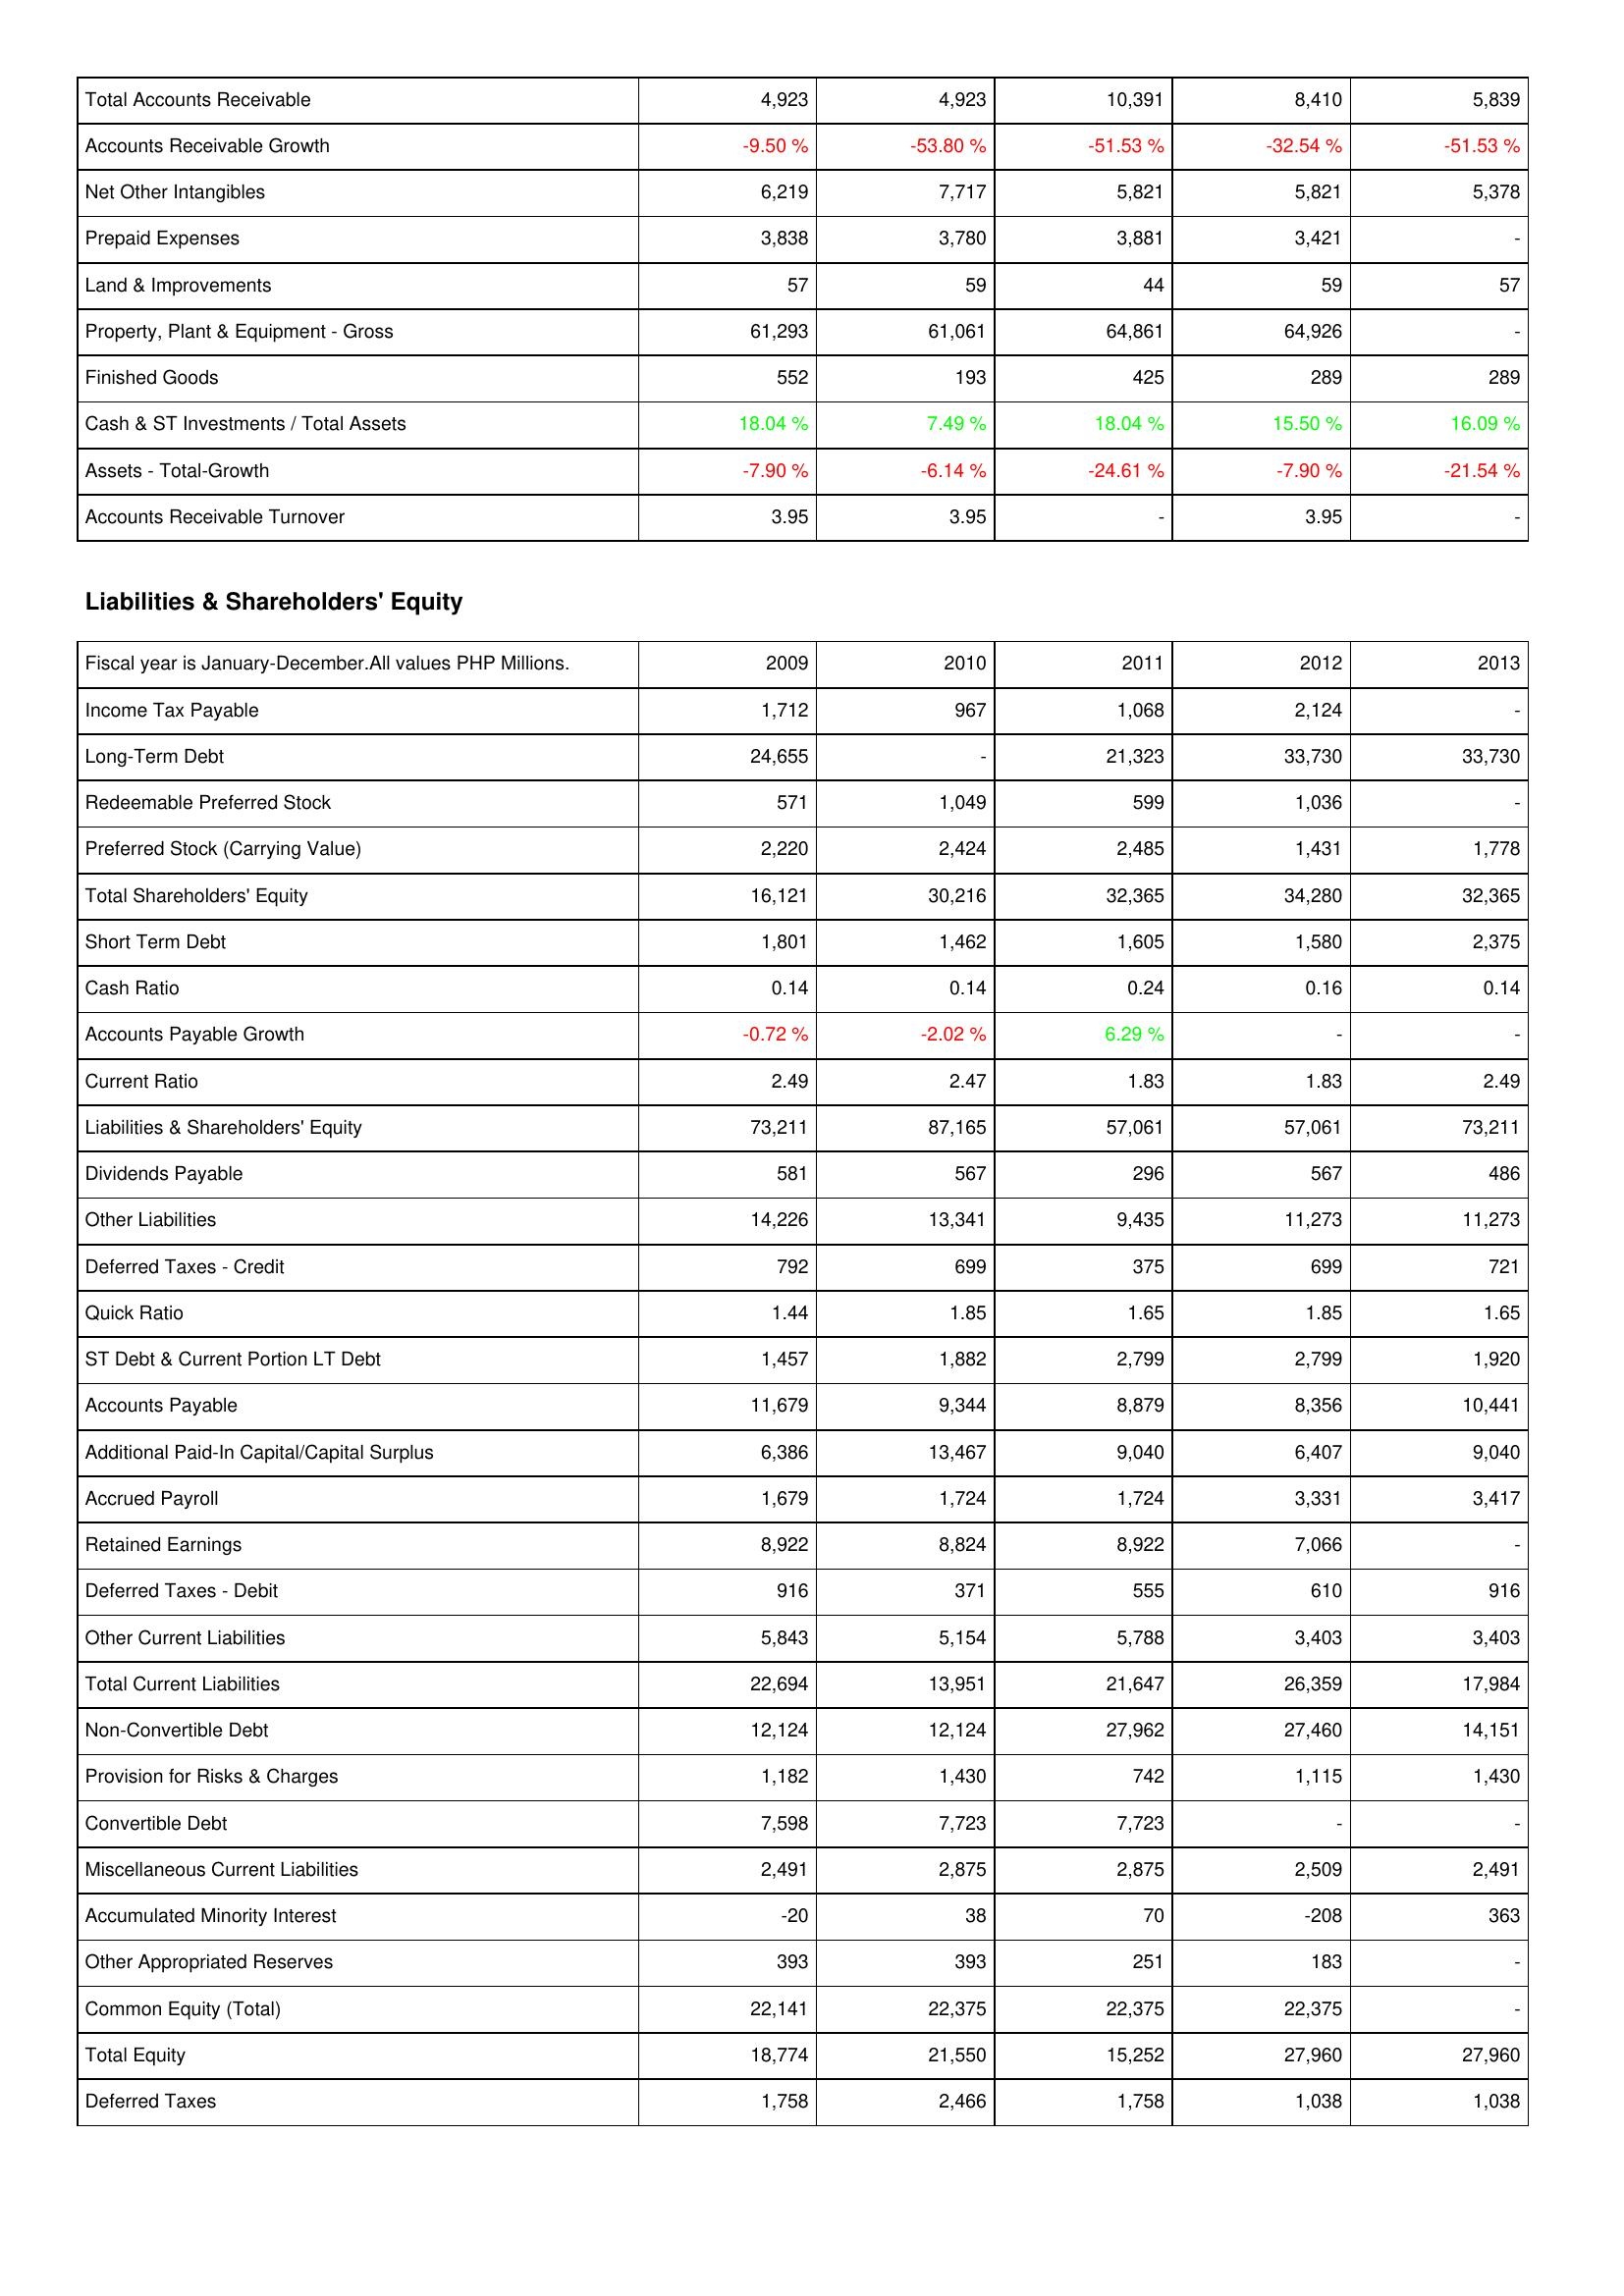
2009: Assets: Total Accounts Receivable: 4,923
Accounts Receivable Growth: -9.50 %
Net Other Intangibles: 6,219
Prepaid Expenses: 3,838
Land & Improvements: 57
Property, Plant & Equipment - Gross: 61,293
Finished Goods: 552
Cash & ST Investments / Total Assets: 18.04 %
Assets - Total-Growth: -7.90 %
Accounts Receivable Turnover: 3.95
Liabilities & Shareholders' Equity: Income Tax Payable: 1,712
Long-Term Debt: 24,655
Redeemable Preferred Stock: 571
Preferred Stock (Carrying Value): 2,220
Total Shareholders' Equity: 16,121
Short Term Debt: 1,801
Cash Ratio: 0.14
Accounts Payable Growth: -0.72 %
Current Ratio: 2.49
Liabilities & Shareholders' Equity: 73,211
Dividends Payable: 581
Other Liabilities: 14,226
Deferred Taxes - Credit: 792
Quick Ratio: 1.44
ST Debt & Current Portion LT Debt: 1,457
Accounts Payable: 11,679
Additional Paid-In Capital/Capital Surplus: 6,386
Accrued Payroll: 1,679
Retained Earnings: 8,922
Deferred Taxes - Debit: 916
Other Current Liabilities: 5,843
Total Current Liabilities: 22,694
Non-Convertible Debt: 12,124
Provision for Risks & Charges: 1,182
Convertible Debt: 7,598
Miscellaneous Current Liabilities: 2,491
Accumulated Minority Interest: -20
Other Appropriated Reserves: 393
Common Equity (Total): 22,141
Total Equity: 18,774
Deferred Taxes: 1,758
2010: Assets: Total Accounts Receivable: 4,923
Accounts Receivable Growth: -53.80 %
Net Other Intangibles: 7,717
Prepaid Expenses: 3,780
Land & Improvements: 59
Property, Plant & Equipment - Gross: 61,061
Finished Goods: 193
Cash & ST Investments / Total Assets: 7.49 %
Assets - Total-Growth: -6.14 %
Accounts Receivable Turnover: 3.95
Liabilities & Shareholders' Equity: Income Tax Payable: 967
Long-Term Debt: -
Redeemable Preferred Stock: 1,049
Preferred Stock (Carrying Value): 2,424
Total Shareholders' Equity: 30,216
Short Term Debt: 1,462
Cash Ratio: 0.14
Accounts Payable Growth: -2.02 %
Current Ratio: 2.47
Liabilities & Shareholders' Equity: 87,165
Dividends Payable: 567
Other Liabilities: 13,341
Deferred Taxes - Credit: 699
Quick Ratio: 1.85
ST Debt & Current Portion LT Debt: 1,882
Accounts Payable: 9,344
Additional Paid-In Capital/Capital Surplus: 13,467
Accrued Payroll: 1,724
Retained Earnings: 8,824
Deferred Taxes - Debit: 371
Other Current Liabilities: 5,154
Total Current Liabilities: 13,951
Non-Convertible Debt: 12,124
Provision for Risks & Charges: 1,430
Convertible Debt: 7,723
Miscellaneous Current Liabilities: 2,875
Accumulated Minority Interest: 38
Other Appropriated Reserves: 393
Common Equity (Total): 22,375
Total Equity: 21,550
Deferred Taxes: 2,466
2011: Assets: Total Accounts Receivable: 10,391
Accounts Receivable Growth: -51.53 %
Net Other Intangibles: 5,821
Prepaid Expenses: 3,881
Land & Improvements: 44
Property, Plant & Equipment - Gross: 64,861
Finished Goods: 425
Cash & ST Investments / Total Assets: 18.04 %
Assets - Total-Growth: -24.61 %
Accounts Receivable Turnover: -
Liabilities & Shareholders' Equity: Income Tax Payable: 1,068
Long-Term Debt: 21,323
Redeemable Preferred Stock: 599
Preferred Stock (Carrying Value): 2,485
Total Shareholders' Equity: 32,365
Short Term Debt: 1,605
Cash Ratio: 0.24
Accounts Payable Growth: 6.29 %
Current Ratio: 1.83
Liabilities & Shareholders' Equity: 57,061
Dividends Payable: 296
Other Liabilities: 9,435
Deferred Taxes - Credit: 375
Quick Ratio: 1.65
ST Debt & Current Portion LT Debt: 2,799
Accounts Payable: 8,879
Additional Paid-In Capital/Capital Surplus: 9,040
Accrued Payroll: 1,724
Retained Earnings: 8,922
Deferred Taxes - Debit: 555
Other Current Liabilities: 5,788
Total Current Liabilities: 21,647
Non-Convertible Debt: 27,962
Provision for Risks & Charges: 742
Convertible Debt: 7,723
Miscellaneous Current Liabilities: 2,875
Accumulated Minority Interest: 70
Other Appropriated Reserves: 251
Common Equity (Total): 22,375
Total Equity: 15,252
Deferred Taxes: 1,758
2012: Assets: Total Accounts Receivable: 8,410
Accounts Receivable Growth: -32.54 %
Net Other Intangibles: 5,821
Prepaid Expenses: 3,421
Land & Improvements: 59
Property, Plant & Equipment - Gross: 64,926
Finished Goods: 289
Cash & ST Investments / Total Assets: 15.50 %
Assets - Total-Growth: -7.90 %
Accounts Receivable Turnover: 3.95
Liabilities & Shareholders' Equity: Income Tax Payable: 2,124
Long-Term Debt: 33,730
Redeemable Preferred Stock: 1,036
Preferred Stock (Carrying Value): 1,431
Total Shareholders' Equity: 34,280
Short Term Debt: 1,580
Cash Ratio: 0.16
Accounts Payable Growth: -
Current Ratio: 1.83
Liabilities & Shareholders' Equity: 57,061
Dividends Payable: 567
Other Liabilities: 11,273
Deferred Taxes - Credit: 699
Quick Ratio: 1.85
ST Debt & Current Portion LT Debt: 2,799
Accounts Payable: 8,356
Additional Paid-In Capital/Capital Surplus: 6,407
Accrued Payroll: 3,331
Retained Earnings: 7,066
Deferred Taxes - Debit: 610
Other Current Liabilities: 3,403
Total Current Liabilities: 26,359
Non-Convertible Debt: 27,460
Provision for Risks & Charges: 1,115
Convertible Debt: -
Miscellaneous Current Liabilities: 2,509
Accumulated Minority Interest: -208
Other Appropriated Reserves: 183
Common Equity (Total): 22,375
Total Equity: 27,960
Deferred Taxes: 1,038
2013: Assets: Total Accounts Receivable: 5,839
Accounts Receivable Growth: -51.53 %
Net Other Intangibles: 5,378
Prepaid Expenses: -
Land & Improvements: 57
Property, Plant & Equipment - Gross: -
Finished Goods: 289
Cash & ST Investments / Total Assets: 16.09 %
Assets - Total-Growth: -21.54 %
Accounts Receivable Turnover: -
Liabilities & Shareholders' Equity: Income Tax Payable: -
Long-Term Debt: 33,730
Redeemable Preferred Stock: -
Preferred Stock (Carrying Value): 1,778
Total Shareholders' Equity: 32,365
Short Term Debt: 2,375
Cash Ratio: 0.14
Accounts Payable Growth: -
Current Ratio: 2.49
Liabilities & Shareholders' Equity: 73,211
Dividends Payable: 486
Other Liabilities: 11,273
Deferred Taxes - Credit: 721
Quick Ratio: 1.65
ST Debt & Current Portion LT Debt: 1,920
Accounts Payable: 10,441
Additional Paid-In Capital/Capital Surplus: 9,040
Accrued Payroll: 3,417
Retained Earnings: -
Deferred Taxes - Debit: 916
Other Current Liabilities: 3,403
Total Current Liabilities: 17,984
Non-Convertible Debt: 14,151
Provision for Risks & Charges: 1,430
Convertible Debt: -
Miscellaneous Current Liabilities: 2,491
Accumulated Minority Interest: 363
Other Appropriated Reserves: -
Common Equity (Total): -
Total Equity: 27,960
Deferred Taxes: 1,038